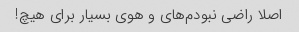
اصلا راضی نبودم‌های و هوی بسیار برای هیچ!